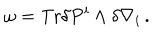
LaTeX: \omega = \mathrm { T r } \delta P ^ { i } \wedge \delta \nabla _ { i } \, .